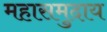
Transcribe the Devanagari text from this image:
महासमुदाय